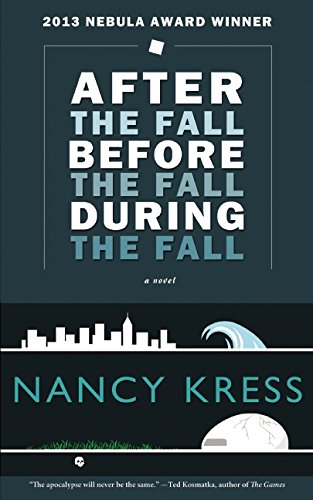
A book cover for After the Fall, Before the Fall, During the Fall; Nancy Kress; Science Fiction & Fantasy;